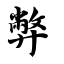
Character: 弊